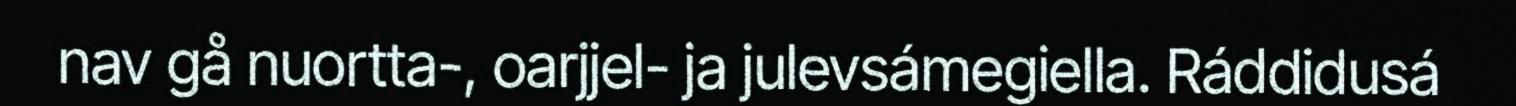
nav gå nuortta-, oarjjel- ja julevsámegiella. Ráddidusá